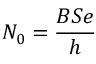
N _ { 0 } = \frac { B S e } { h }